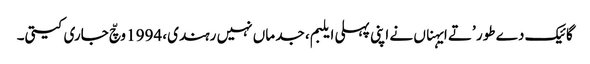
گائیک دے طور ’تے ایہناں نے اپنی پہلی ایلبم، جد ماں نہیں رہندی، 1994 وچّ جاری کیتی۔